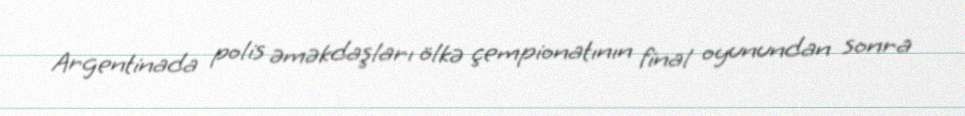
Argentinada polis əməkdaşları ölkə çempionatının final oyunundan sonra